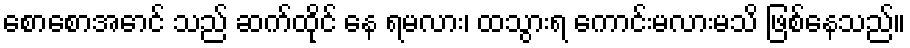
စောစောအောင် သည် ဆက်ထိုင် နေ ရမလား၊ ထသွားရ ကောင်းမလားမသိ ဖြစ်နေသည်။